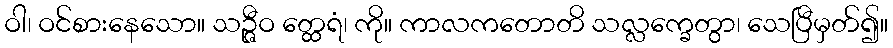
ဝါ၊ ဝင်စားနေသော။ သဉ္ဇီဝ တ္ထေရံ၊ ကို။ ကာလကတောတိ သလ္လက္ခေတွာ၊ သေပြီမှတ်၍။